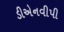
ડીએનવીપી